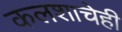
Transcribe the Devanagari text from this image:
कलशाचेही